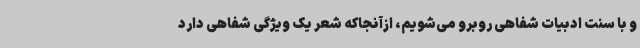
و با سنت ادبیات شفاهی روبرو می‌شویم، ازآنجاکه شعر یک ویژگی شفاهی دارد